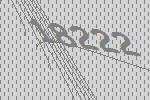
18222